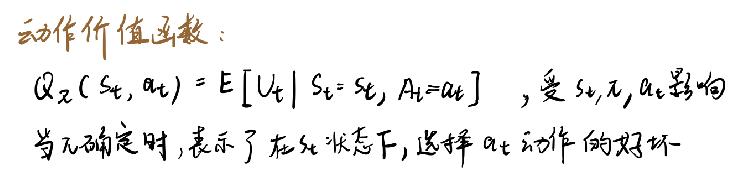
\begin{equation}
Q_{\pi}(s_{t}, a_{t})=\mathrm{E}\left[u_{t} \mid s_{t}=s_{t}, a_{t}=a_{t}\right],
\end{equation}
受 $s_{t}, a_{t}$ 影响，当不确定时，表示了在 $s_{t}$ 状态下，选择 $a_{t}$ 动作的好坏。